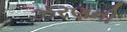
ઝરણની